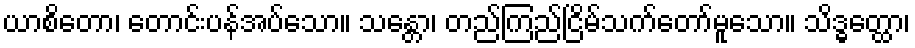
ယာစိတော၊ တောင်းပန်အပ်သော။ သန္တော၊ တည်ကြည်ငြိမ်သက်တော်မူသော။ သိဒ္ဓတ္ထော၊